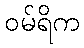
ဝမ်ရိက